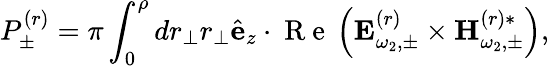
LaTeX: P_{\pm}^{(r)}=\pi\int_{0}^{\rho}dr_{\perp}r_{\perp}\hat{\mathbf e}_{z}\cdot\mathrm{~R~e~}\left({\mathbf E}_{\omega_{2},\pm}^{(r)}\times{\mathbf H}_{\omega_{2},\pm}^{(r)*}\right),